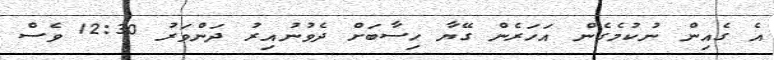
އެ ގެއިން ނުކުމެގެން އަހަރެން ގޭޔާ ހިސާބަށް ދެވުނުއިރު ދަންވަރު 12:30 ވެސް